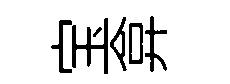
宝弇